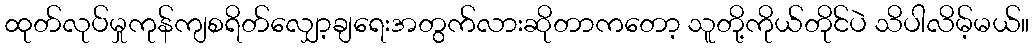
ထုတ်လုပ်မှုကုန်ကျစရိတ်လျှော့ချရေးအတွက်လားဆိုတာကတော့ သူတို့ကိုယ်တိုင်ပဲ သိပါလိမ့်မယ်။